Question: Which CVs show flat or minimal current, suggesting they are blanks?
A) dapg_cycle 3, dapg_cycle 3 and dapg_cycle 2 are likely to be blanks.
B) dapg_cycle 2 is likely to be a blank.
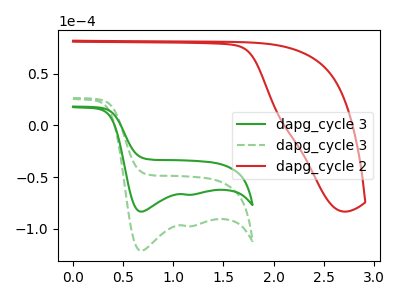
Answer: <think>The green curve "dapg_cycle 3" has cathodic peaks at (0.70V, -83.50uA) (1.15V, -67.15uA). The green dashed curve "dapg_cycle 3" has cathodic peaks at (0.70V, -121.45uA) (1.15V, -97.65uA). The red curve "dapg_cycle 2" has no peaks.</think>
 <answer>B) "dapg_cycle 2" is likely to be a blank.</answer>
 <eval>B</eval>